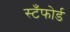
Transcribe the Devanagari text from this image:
स्टँफोर्ड